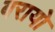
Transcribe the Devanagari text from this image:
बरायो